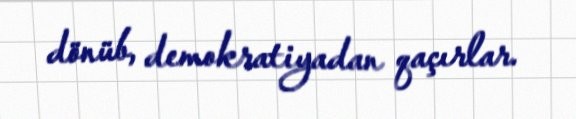
dönüb, demokratiyadan qaçırlar.